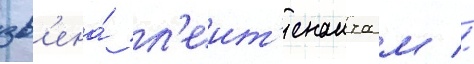
зв'ена́ л'еит'енанта м //